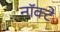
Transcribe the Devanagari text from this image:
नॉक्टे